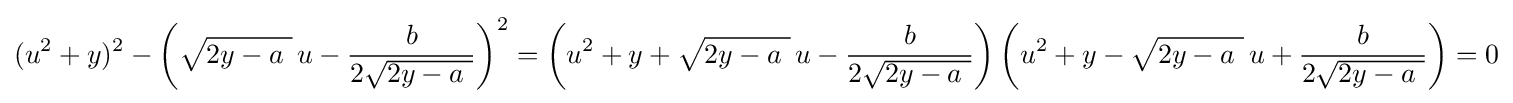
(u^{2}+y)^{2}-\left({\sqrt {2y-a\ }}\,u-{\frac {b}{2{\sqrt {2y-a\ }}}}\right)^{2}=\left(u^{2}+y+{\sqrt {2y-a\ }}\,u-{\frac {b}{2{\sqrt {2y-a\ }}}}\right)\left(u^{2}+y-{\sqrt {2y-a\ }}\,u+{\frac {b}{2{\sqrt {2y-a\ }}}}\right)=0